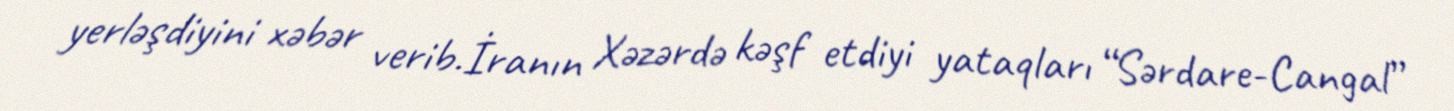
yerləşdiyini xəbər verib.İranın Xəzərdə kəşf etdiyi yataqları “Sərdare-Cangal”